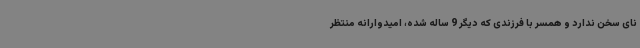
نای سخن ندارد و همسر با فرزندی که دیگر 9 ساله شده، امیدوارانه منتظر